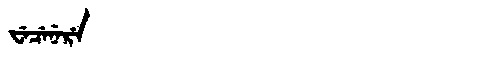
Manchu: ᠸᡝᠴᡝᠨᡝᡵᡝ
Romanization: WECENERE